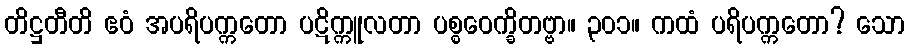
တိဋ္ဌတီတိ ဧဝံ အပရိပက္ကတော ပဋိက္ကူလတာ ပစ္စဝေက္ခိတဗ္ဗာ။ ၃၀၁။ ကထံ ပရိပက္ကတော? သော